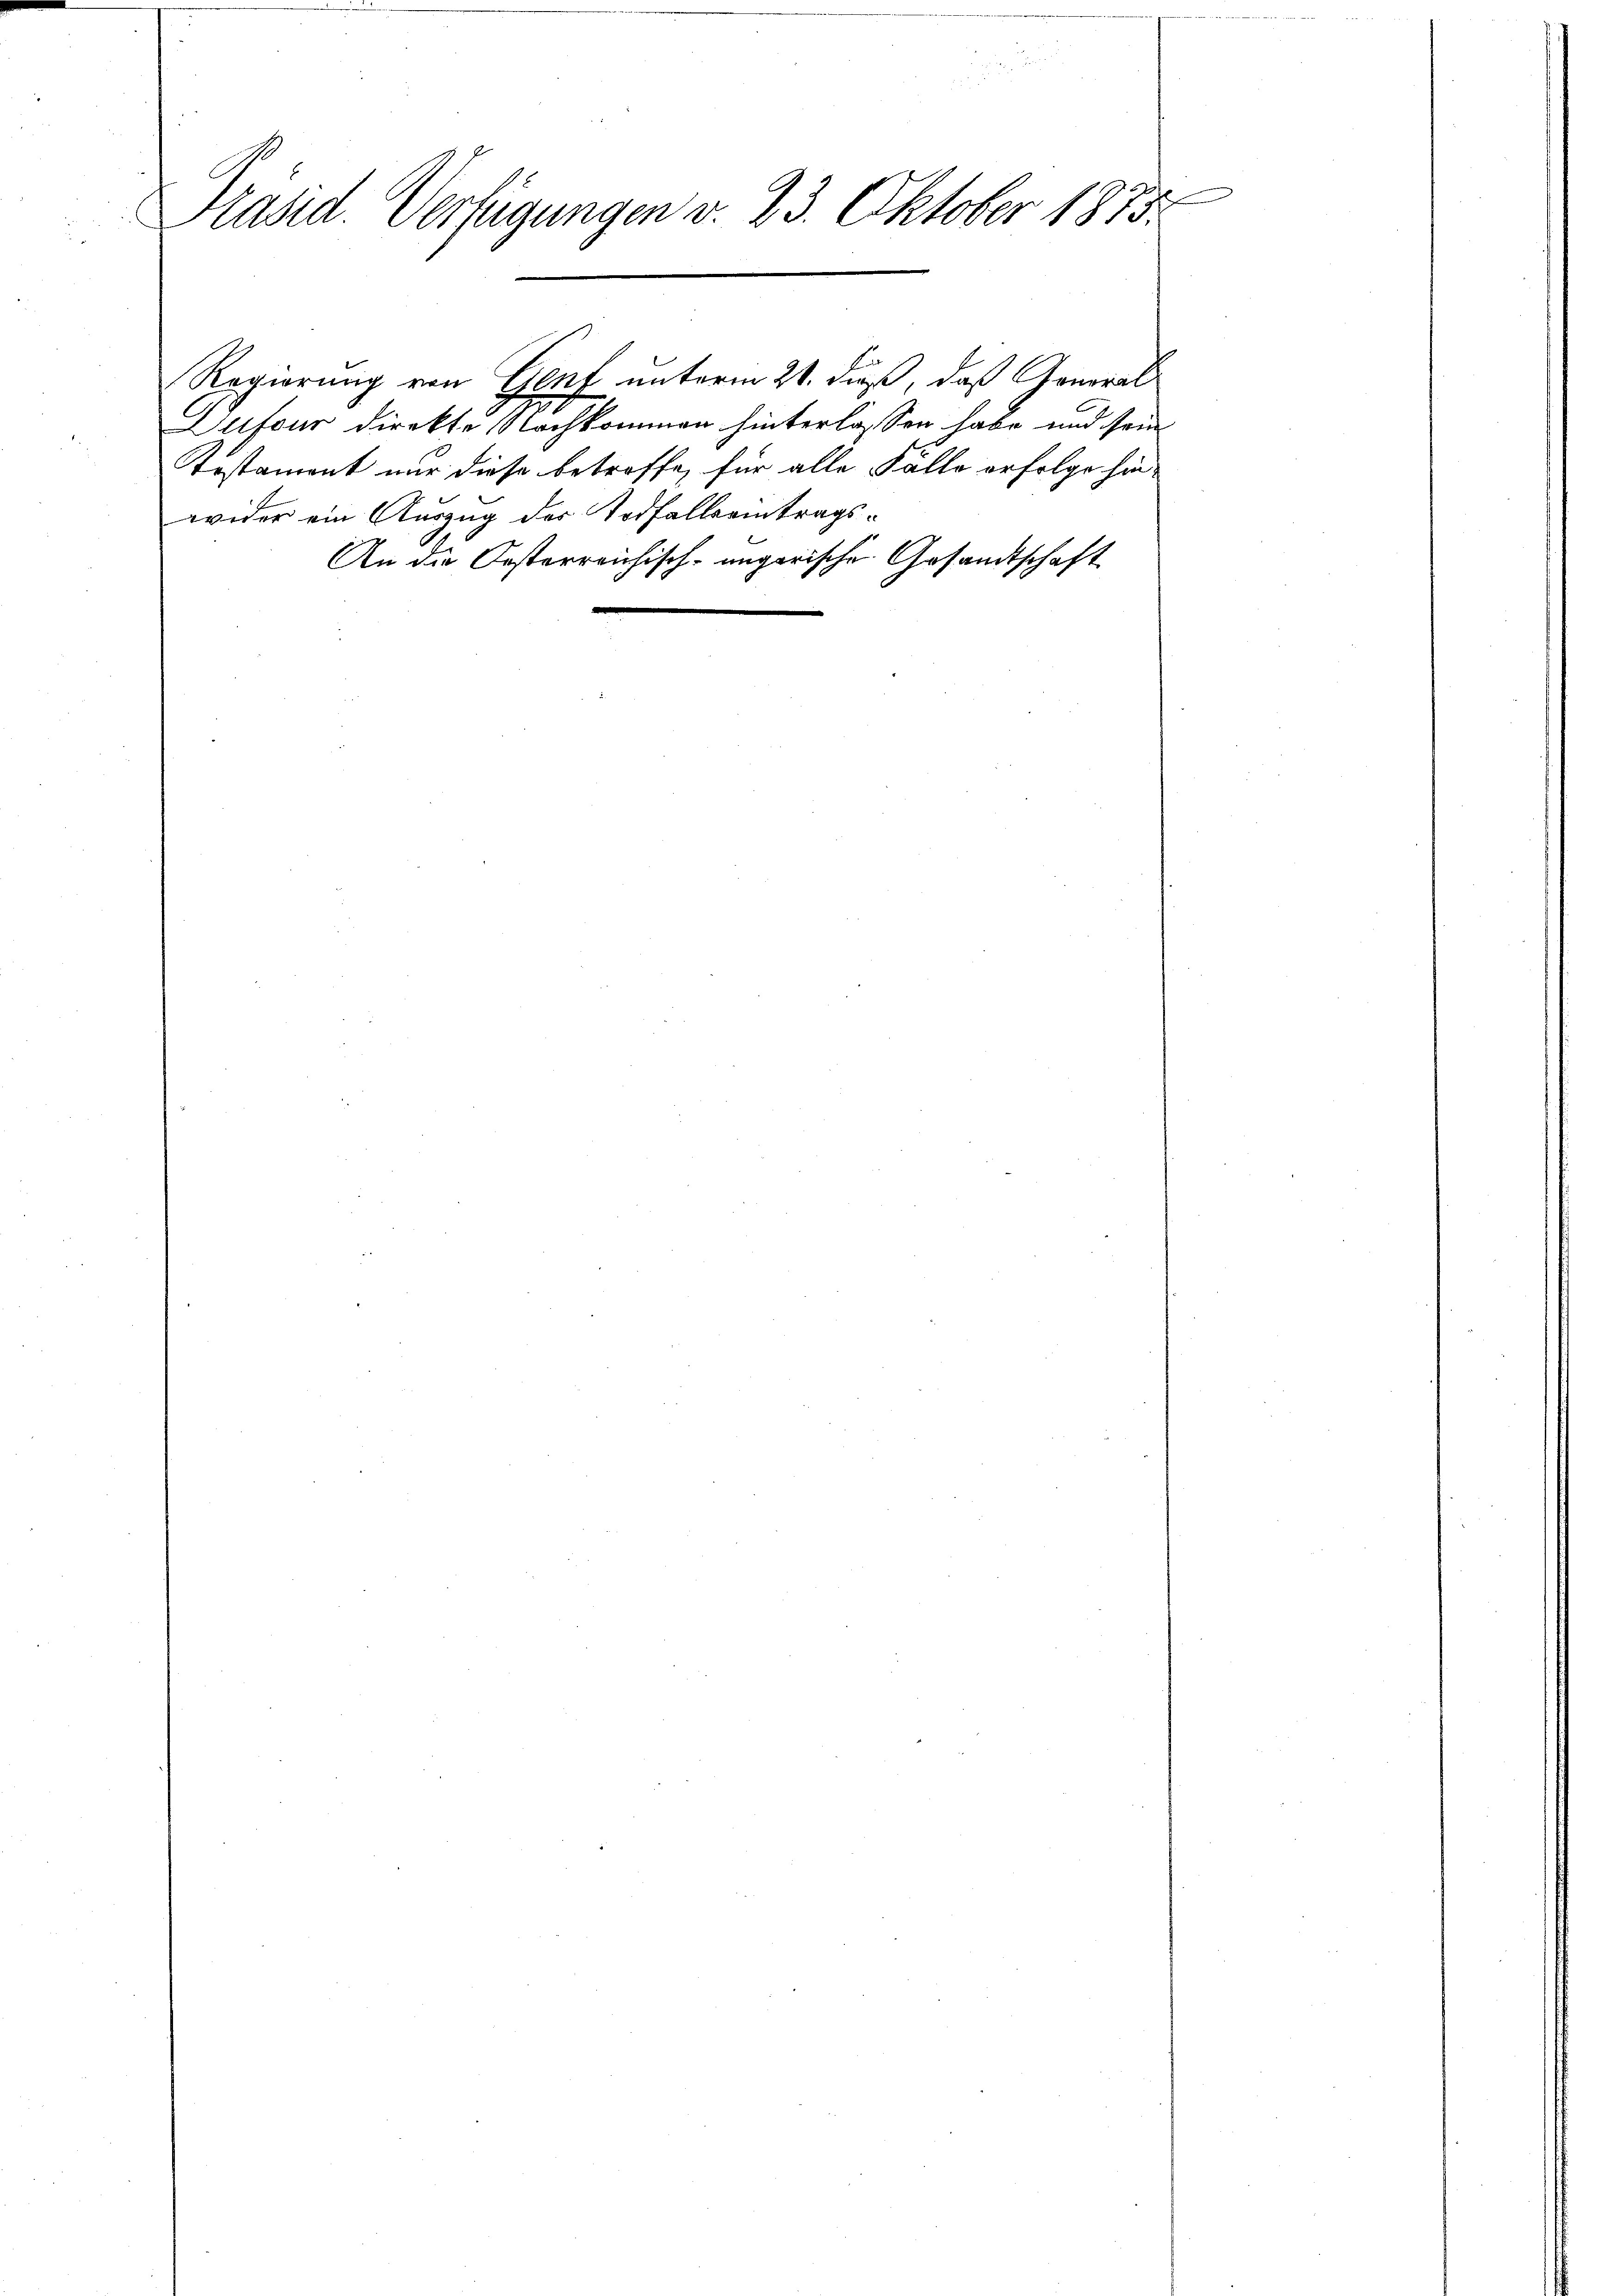
Präsid. Verfügungen v. 23. Oktober 1873.

Dufour direkte Nachkommen hinterlassen habe und sein
Testament nur diese betroffe, für alle Fälle erfolge hin-
wider ein Auszug des Todfallseitrags¬
An die Oesterreichisch-ungarische Gesandtschaft

Regierung von Genf unterm 21. dieß, daß General